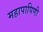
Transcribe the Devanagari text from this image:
महापापिणी